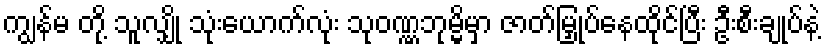
ကျွန်မ တို့ သူလျှို သုံးယောက်လုံး သုဝဏ္ဏဘုမ္မိမှာ ဇာတ်မြှုပ်နေထိုင်ပြီး ဦးစီးချုပ်နဲ့